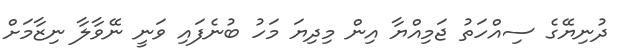
ދުނިޔޭގެ ސިއްހަތު ޖަމިއްޔާ އިން މިދިޔަ މަހު ބުނެފައި ވަނީ ނޭވާލާ ނިޒާމަށް